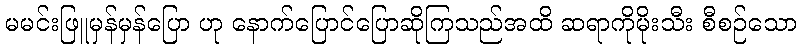
မမင်းဖြူမှန်မှန်ပြော ဟု နောက်ပြောင်ပြောဆိုကြသည်အထိ ဆရာကိုမိုးသီး စီစဉ်သော